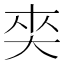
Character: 𡘖